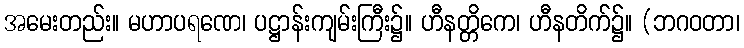
အမေးတည်း။ မဟာပရဏေ၊ ပဋ္ဌာန်းကျမ်းကြီး၌။ ဟီနတ္တိကေ၊ ဟီနတိက်၌။ (ဘဂဝတာ၊